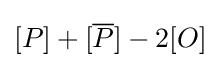
[P]+[{\overline {P}}]-2[O]